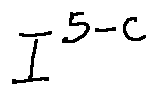
I ^ { 5 - c }